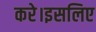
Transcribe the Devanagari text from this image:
करे।इसलिए